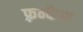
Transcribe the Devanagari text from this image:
फ़्रन्कैस